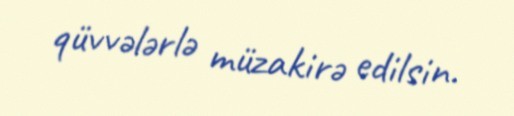
qüvvələrlə müzakirə edilsin.